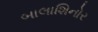
બાલાશિનોર